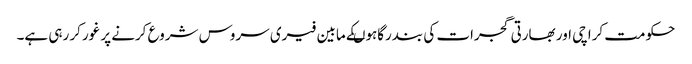
حکومت کراچی اور بھارتی گجرات کی بندرگاہوںکے مابین فیری سروس شروع کرنے پر غورکر رہی ہے۔